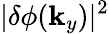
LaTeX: |\delta\phi(\mathbf{k}_{y})|^{2}